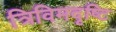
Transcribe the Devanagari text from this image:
त्रिविमदृष्टि